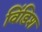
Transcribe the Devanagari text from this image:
विंडिश